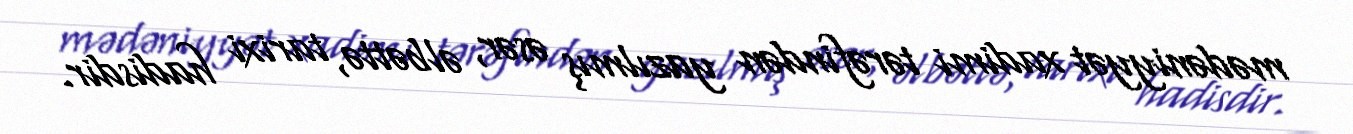
mədəniyyət xadimi tərəfindən yazılmış əsər, əlbəttə, tarixi hadisdir.